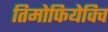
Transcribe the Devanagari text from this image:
तिमोफियेविच